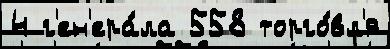
4 г'ен'ера́ла 558 торго́вл'я